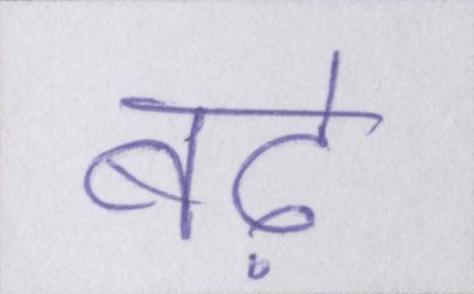
बढ़े